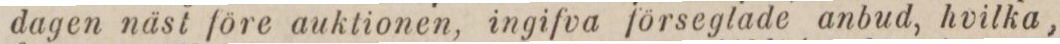
dagen näst före auktionen, ingifva förseglade anbud, hvilka,